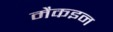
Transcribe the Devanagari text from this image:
मैकइन